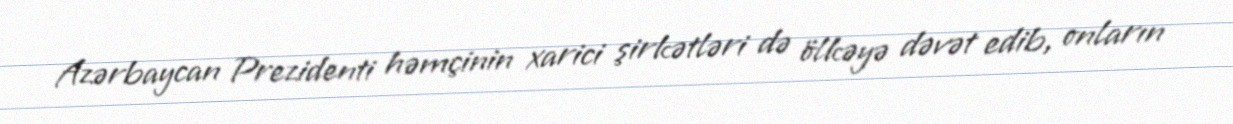
Azərbaycan Prezidenti həmçinin xarici şirkətləri də ölkəyə dəvət edib, onların